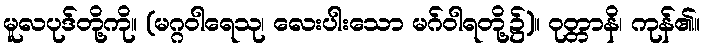
မူလပုဒ်တို့ကို။ (မဂ္ဂဝါရေသု၊ လေးပါးသော မဂ်ဝါရတို့၌)။ ဝုတ္တာနိ၊ ကုန်၏။